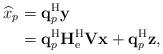
LaTeX: \begin{align*}\widehat{x}_p&=\mathbf{q}_p^{\mathrm{H}}\mathbf{y}\\&=\mathbf{q}_p^{\mathrm{H}}\mathbf{H}_{\mathrm{e}}^{\mathrm{H}}\mathbf{V}\mathbf{x}+\mathbf{q}_p^{\mathrm{H}}\mathbf{z},\end{align*}